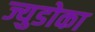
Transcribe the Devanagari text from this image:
ज्युडोका